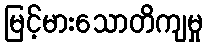
မြင့်မားသောတိကျမှု